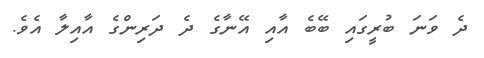
ދެ ވަނަ ބުރީގައި ބޭބެ އާއި އޭނާގެ ދެ ދަރިންގެ އާއިލާ އެވެ.